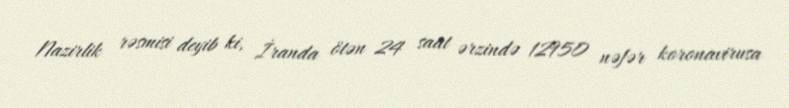
Nazirlik rəsmisi deyib ki, İranda ötən 24 saat ərzində 12950 nəfər koronavirusa